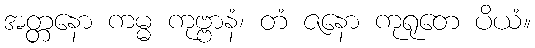
အတ္တနော ကမ္မ ကုဗ္ဗာနံ၊ တံ ဇနော ကုရုတေ ပိယံ။